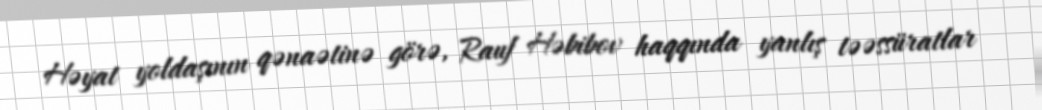
Həyat yoldaşının qənaətinə görə, Rauf Həbibov haqqında yanlış təəssüratlar